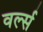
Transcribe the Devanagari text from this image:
वर्ल्स